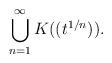
LaTeX: \begin{align*}\bigcup_{n=1}^{\infty} K((t^{1/n})).\end{align*}